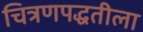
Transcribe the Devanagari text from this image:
चित्रणपद्धतीला